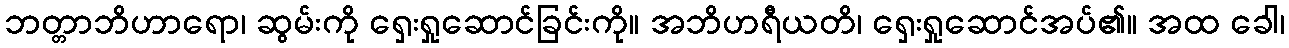
ဘတ္တာဘိဟာရော၊ ဆွမ်းကို ရှေးရှုဆောင်ခြင်းကို။ အဘိဟရီယတိ၊ ရှေးရှုဆောင်အပ်၏။ အထ ခေါ၊